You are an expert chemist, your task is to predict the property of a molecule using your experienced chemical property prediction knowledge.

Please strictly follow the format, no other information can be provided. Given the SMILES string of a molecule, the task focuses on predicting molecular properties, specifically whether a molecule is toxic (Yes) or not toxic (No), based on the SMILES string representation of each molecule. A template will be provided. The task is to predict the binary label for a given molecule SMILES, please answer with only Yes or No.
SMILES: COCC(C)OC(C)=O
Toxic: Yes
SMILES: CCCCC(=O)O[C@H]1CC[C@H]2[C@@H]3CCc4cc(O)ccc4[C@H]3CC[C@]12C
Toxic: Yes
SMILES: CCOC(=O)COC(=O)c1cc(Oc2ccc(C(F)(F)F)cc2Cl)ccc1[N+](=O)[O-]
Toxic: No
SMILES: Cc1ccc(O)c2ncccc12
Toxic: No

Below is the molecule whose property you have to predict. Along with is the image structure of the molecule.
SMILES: COC(=O)Nc1nc2cc(S(=O)c3ccccc3)ccc2[nH]1
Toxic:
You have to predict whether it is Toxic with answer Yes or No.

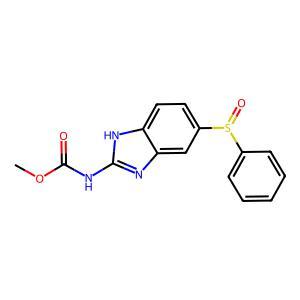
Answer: No